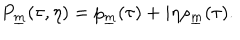
P _ { \underline { { m } } } ( \tau , \eta ) = p _ { \underline { { m } } } ( \tau ) + i \eta \rho _ { \underline { { m } } } ( \tau ) .